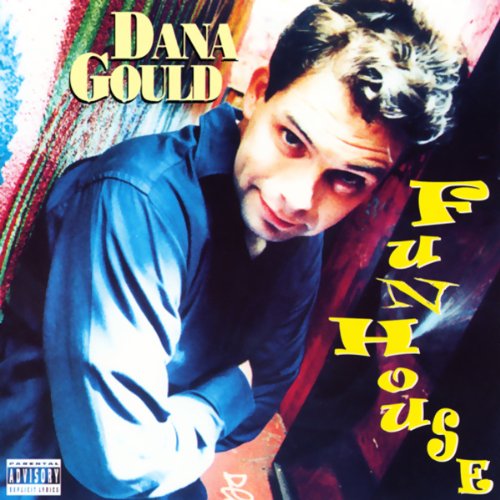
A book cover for Fun House; Dana Gould; Engineering & Transportation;